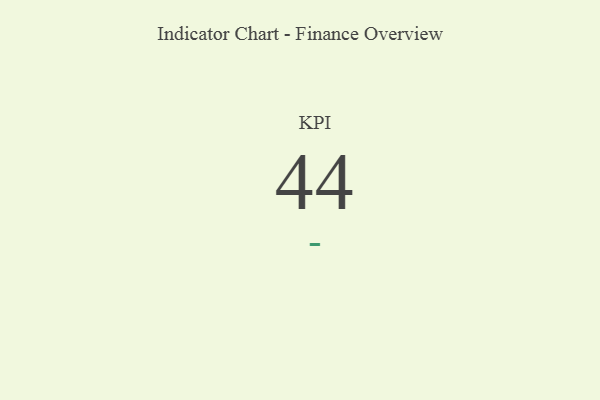
{"axis": {"x": "KPI", "y": "Value"}, "legend": [""], "data": [{"x": "KPI", "y": 44, "type": ""}]}